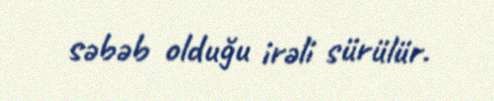
səbəb olduğu irəli sürülür.